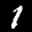
Label: 1